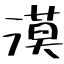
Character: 漠